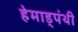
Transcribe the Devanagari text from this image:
हेमाड्पंथी